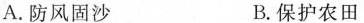
A.防风固沙 B.保护农田